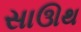
સાઊથ